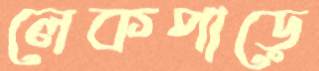
লেকপাড়ে